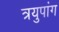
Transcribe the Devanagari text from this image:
त्रयुपांग